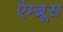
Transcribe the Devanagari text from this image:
ऐम्ब्रूस